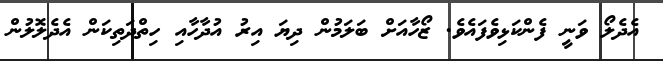
އެދެލޯ ވަނީ ފެންކަޅިވެފައެވެ. ޒޯހާއަށް ބަލަމުން ދިޔަ އިރު އުދާހާއި ހިތްދަތިކަން އެދެލޮލުން